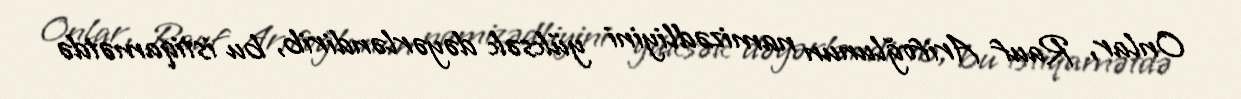
Onlar, Rauf Arifoğlunun namizədliyini yüksək dəyərləndirib, bu istiqamətdə